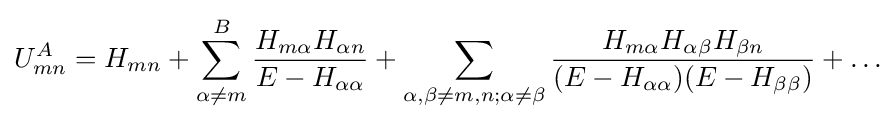
U_{mn}^{A}=H_{mn}+\sum _{\alpha \neq m}^{B}{\frac {H_{m\alpha }H_{\alpha n}}{E-H_{\alpha \alpha }}}+\sum _{\alpha ,\beta \neq m,n;\alpha \neq \beta }{\frac {H_{m\alpha }H_{\alpha \beta }H_{\beta n}}{(E-H_{\alpha \alpha })(E-H_{\beta \beta })}}+\ldots